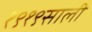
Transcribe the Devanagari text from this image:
१९१९साली